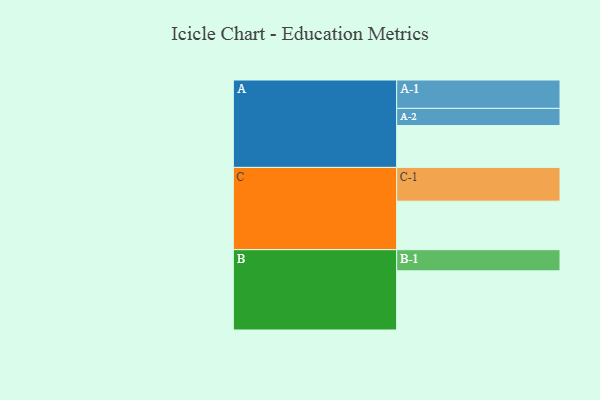
{"axis": {"x": "Segment", "y": "Value"}, "legend": ["", "A", "B", "C"], "data": [{"x": "A", "y": 366, "type": ""}, {"x": "B", "y": 517, "type": ""}, {"x": "C", "y": 424, "type": ""}, {"x": "A-1", "y": 248, "type": "A"}, {"x": "A-2", "y": 150, "type": "A"}, {"x": "B-1", "y": 185, "type": "B"}, {"x": "C-1", "y": 295, "type": "C"}]}